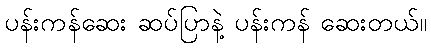
ပန်းကန်ဆေး ဆပ်ပြာနဲ့ ပန်းကန် ဆေးတယ်။